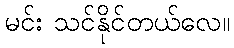
မင်း သင်နိုင်တယ်လေ။